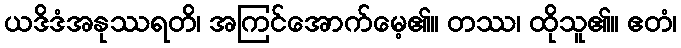
ယဒိဒံအနုဿရတိ၊ အကြင်အောက်မေ့၏။ တဿ၊ ထိုသူ၏။ ဧတံ၊